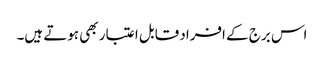
اس برج کے افراد قابل اعتبار بھی ہوتے ہیں۔